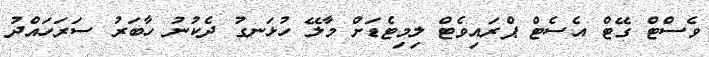
ވެސްޓް ގޭޓް އެސެޓް ޕްރައިވެޓް ލިމިޓެޑަށް މާލޭ ހުޅަނގު ދެކުނު ހާބަރު ސަރަހައްދު